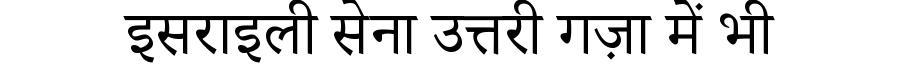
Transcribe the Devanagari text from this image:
इसराइली सेना उत्तरी गज़ा में भी